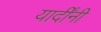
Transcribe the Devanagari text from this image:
यार्दींनी